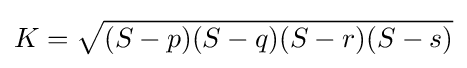
K={\sqrt {(S-p)(S-q)(S-r)(S-s)}}